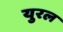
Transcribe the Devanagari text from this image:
युरल